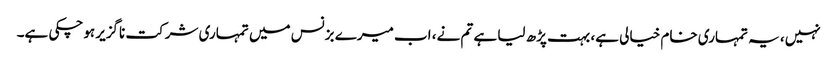
نہیں، یہ تمہاری خام خیالی ہے، بہت پڑھ لیا ہے تم نے، اب میرے بزنس میں تمہاری شرکت ناگزیر ہوچکی ہے۔